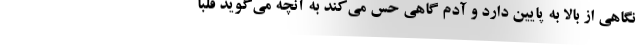
نگاهی از بالا به پایین دارد و آدم گاهی حس می‌کند به آنچه می‌گوید قلباً